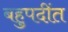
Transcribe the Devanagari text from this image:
बहुपदींत